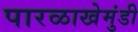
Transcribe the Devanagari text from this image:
पारळाखेमुंडी